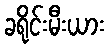
ခရိုင်းမီးယား